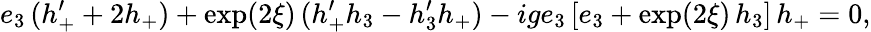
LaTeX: e_{3}\, (h_{+}^{\prime}+2h_{+})+\exp(2\xi)\, (h_{+}^{\prime}h_{3}-h_{3}^{\prime}h_{+})-ige_{3}\, [e_{3}+\exp(2\xi)\, h_{3}]\, h_{+}=0,